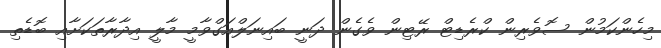
މިހެންކަމުން ސޮވެރިން ކްރެޑިޓް ރޭޓިން ވެގެން ދަނީ ބައިނަލްއަގްވާމީ މާލީ އިދާރާތަކަށާއި ބޮޑެތި